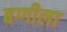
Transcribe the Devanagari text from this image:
बग्गीला